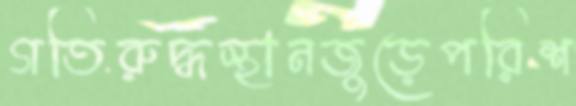
গতিরুদ্ধস্থানজুড়েপরিশ